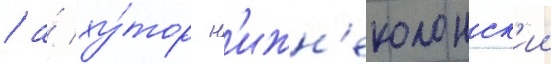
/ а́ ху́тор н'ижн'еколонск'ии